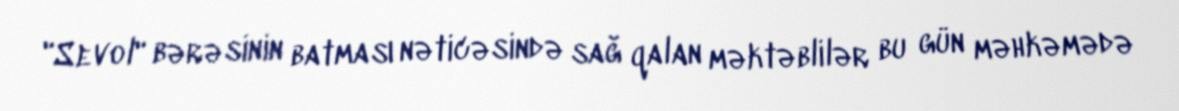
"Sevol" bərəsinin batması nəticəsində sağ qalan məktəblilər bu gün məhkəmədə